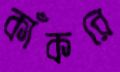
কাঁকরে